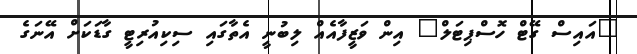
"އައިސް ގޭޓް ހޮސްޕިޓަލް" އިން ވަޒީފާއެއް ލިބުނީ އެތާގައި ސިކިއުރިޓީ ގާޑަކަށް އޭނަގެ